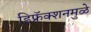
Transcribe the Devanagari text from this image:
डिफ्रॅक्शनमुळे